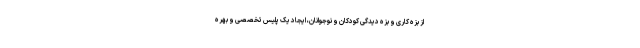
از بزه کاری و بزه دیدگی کودکان و نوجوانان، ایجاد یک پلیس تخصصی و بهره